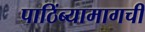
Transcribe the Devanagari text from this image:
पाठिंब्यामागची